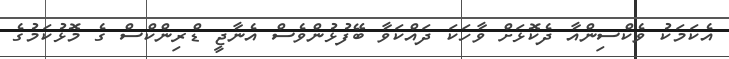
އެކަމަކު ވެކްސިންއާ ދެކޮޅަށް ވާހަކަ ދައްކަވާ ބޭފުޅުންވެސް އެނާޖީ ޑްރިންކްސް ގެ މޮޅުކަމުގެ